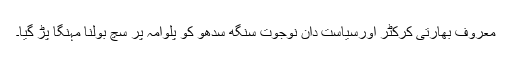
معروف بھارتی کرکٹر اورسیاست دان نوجوت سنگھ سدھو کو پلوامہ پر سچ بولنا مہنگا پڑ گیا۔